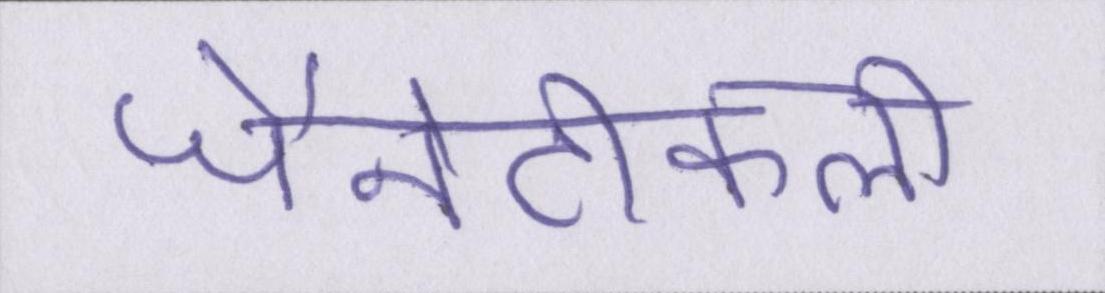
जैनेटीकली